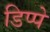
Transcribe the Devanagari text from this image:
डिप्पे